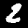
Label: 2